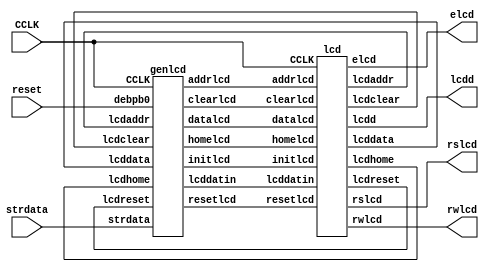
module display(input CCLK, reset,input [255:0]strdata, output rslcd, rwlcd, elcd, 
					output [3:0] lcdd);
wire [7:0] lcddatin;
					
lcd M0 (CCLK, resetlcd, clearlcd, homelcd, datalcd, addrlcd,
			lcdreset, lcdclear, lcdhome, lcddata, lcdaddr,
			rslcd, rwlcd, elcd, lcdd, lcddatin, initlcd);
			
genlcd M1 (CCLK, reset, strdata, resetlcd, clearlcd, homelcd, datalcd,
				addrlcd, initlcd, lcdreset, lcdclear, lcdhome,
				lcddata, lcdaddr, lcddatin);                                                                                                                                                                                                                                                                                                                                                                                                                                                                                                                                                                                                                        				
endmodule


module genlcd(input CCLK, debpb0, input [255:0]strdata, output reg resetlcd,
					output reg clearlcd, output reg homelcd,
					output reg datalcd, output reg addrlcd,
					output reg initlcd, input lcdreset, lcdclear,
					input lcdhome, lcddata, lcdaddr,
					output reg [7:0] lcddatin);
					
reg [3:0] gstate;		// state register
///////
reg [255:0] old_strdata;

integer i;
initial begin
	old_strdata <=256'b0;
end
	
always@(posedge CCLK)
	begin
		if (debpb0==1|(old_strdata!=strdata))
			begin
				resetlcd=0;
				clearlcd=0;
				homelcd=0;
				datalcd=0;
				gstate=0;
			end
		else
		
		case (gstate)
			0: begin
					initlcd=1;
					gstate=1;
				end
			1:	begin
					initlcd=0;
					gstate=2;
				end
			2:	begin
					resetlcd=1;
					if (lcdreset==1)
						begin
						   resetlcd=0;
							gstate=3;
						end
				end
			3: begin
					initlcd=1;
					gstate=4;
				end
			4:	begin
					initlcd=0;
					gstate=5;
				end
			5: begin
					clearlcd=1;
					if (lcdclear==1)
						begin
							clearlcd=0;
							gstate=6;
						end
				end
			6: begin
					initlcd=1;
					gstate=7;
				end
			7:	begin
					initlcd=0;
					i=255;
					gstate=8;
				end
			8: begin  
					if(i>127)
						lcddatin[7:0]=8'b0000_0000;
					else
						lcddatin[7:0]=8'b0100_0000;
						
					addrlcd=1;
					if (lcdaddr==1)
						begin
							addrlcd=0;
							gstate=9;
						end
				end
			9:	begin
					initlcd=1;
					gstate=10;
				end
			10: begin
					initlcd=0;
					gstate=11;
				end
			11: begin
					lcddatin[7:0]=strdata[i-:8];
					datalcd=1;
					if (lcddata==1)
						begin
							datalcd=0;
							gstate=12;
						end
				end
			12: begin
					initlcd=1;
					gstate=13;
				end
			13: begin
					initlcd=0;
					gstate=14;
				end
			14: begin
					i=i-8;
					if (i<0)
						gstate=15;
					else if (i==127)
						gstate=8;
					else
						gstate=11;
				end
			15: gstate=15;
			default: gstate=15;
		endcase
		///////
		old_strdata=strdata;
		/////////

	end

endmodule

module lcd(input CCLK, resetlcd, clearlcd, homelcd,
				datalcd, addrlcd, output reg lcdreset,
				output reg lcdclear, output reg lcdhome,
				output reg lcddata, output reg lcdaddr,
				output reg rslcd, output reg rwlcd,
				output reg elcd, output reg [3:0] lcdd,
				input [7:0] lcddatin, input initlcd);

reg [18:0] lcdcount;		// counter
reg [5:0] lcdstate;		// LCD state
							
always@(posedge CCLK)
	begin

// initialize LCD

		if (initlcd==1)
			begin
				lcdstate=0;			// LCD state register
				lcdcount=0;			// LCD delay count
				lcdreset=0;
				lcdclear=0;
				lcdhome=0;
				lcdaddr=0;
				lcddata=0;
			end
			
		else
			lcdcount=lcdcount+1;
					
//reset LCD
 
		if (resetlcd==1 && lcdreset==0)	//lcd reset
			begin
				rslcd=0;				// register select for command
				rwlcd=0;				// LCD read/write
				
				case (lcdstate)
					0: begin			// send '3'
							lcdd=3;
							elcd=0;
							if (lcdcount==16)
								begin
									lcdcount=0;
									lcdstate=1;
								end
						end						
					1: begin
							elcd=1;
							if (lcdcount==32)
								begin
									lcdcount=0;
									lcdstate=2;
								end
						end
					2: begin
							elcd=0;
							if (lcdcount==16)
								begin
									lcdcount=0;
									lcdstate=3;
								end
						end
					3: begin			// wait >4.1 msec (205 000 clock cycles)
							if (lcdcount==262144)
								begin
									lcdcount=0;
									lcdstate=4;                                                                                                                                                                                                                                                                                                                                                                                                                                                                                                                                                       
								end
						end
						
					4: begin			// send '3'
							lcdd=3;
							elcd=0;
							if (lcdcount==16)
								begin
									lcdcount=0;
									lcdstate=5;
									end
						end						
					5: begin
							elcd=1;
							if (lcdcount==32)
								begin
									lcdcount=0;
									lcdstate=6;
								end
						end
					6: begin
							elcd=0;
							if (lcdcount==16)
								begin
									lcdcount=0;
									lcdstate=7;
								end
						end
					7: begin			// wait >100 usec (5000 clock cycles)
							if (lcdcount==8192)
								begin
									lcdcount=0;
									lcdstate=8;
								end
						end		
					
					8: begin			// send '3'
							lcdd=3;
							elcd=0;
							if (lcdcount==16)
								begin
									lcdcount=0;
									lcdstate=9;
									end
						end						
					9: begin
							elcd=1;
							if (lcdcount==32)
								begin
									lcdcount=0;
									lcdstate=10;
								end
						end
					10: begin
							elcd=0;
							if (lcdcount==16)
								begin
									lcdcount=0;
									lcdstate=11;
								end
						end
					11: begin			// wait >40 usec (2000 clock cycles)
							if (lcdcount==2048)
								begin
									lcdcount=0;
									lcdstate=12;
								end
						end		
											
					12: begin			// send '2'
							lcdd=2;
							elcd=0;
							if (lcdcount==16)
								begin
									lcdcount=0;
									lcdstate=13;
									end
						 end						
					13: begin
							elcd=1;
							if (lcdcount==32)
								begin
									lcdcount=0;
									lcdstate=14;
								end
						 end
					14: begin
							elcd=0;
							if (lcdcount==16)
								begin
									lcdcount=0;
									lcdstate=15;
								end
						 end
					15: begin			// wait >40 usec (2000 clock cycles)
							if (lcdcount==2048)
								begin
									lcdcount=0;
									lcdstate=16;
								end
						end		
							
					16: begin			// send '2'  28h function set
							lcdd=2;
							elcd=0;
							if (lcdcount==16)
								begin
									lcdcount=0;
									lcdstate=17;
									end
						 end		 
					17: begin
							elcd=1;
							if (lcdcount==32)
								begin
									lcdcount=0;
									lcdstate=18;
								end
						 end
					18: begin
							elcd=0;
							if (lcdcount==16)
								begin
									lcdcount=0;
									lcdstate=19;
								end
						 end
					19: begin			// wait 1 usec (50 clock cycles)
							if (lcdcount==64)
								begin
									lcdcount=0;
									lcdstate=20;
								end
  						 end
						
					20: begin			// send '8'
							lcdd=8;
							elcd=0;
							if (lcdcount==16)
								begin
									lcdcount=0;
									lcdstate=21;
									end
						 end		 
					21: begin
							elcd=1;
							if (lcdcount==32)
								begin
									lcdcount=0;
									lcdstate=22;
								end
						 end
					22: begin
							elcd=0;
							if (lcdcount==16)
								begin
									lcdcount=0;
									lcdstate=23;
								end
						 end						 
					23: begin			// wait 40 usec (2000 clock cycles)
							if (lcdcount==2048)
								begin
									lcdcount=0;
									lcdstate=24;
								end
						end

					24: begin			// send '0'  06h entry mode
							lcdd=0;
							elcd=0;
							if (lcdcount==16)
								begin
									lcdcount=0;
									lcdstate=25;
									end
						 end		 
					25: begin
							elcd=1;
							if (lcdcount==32)
								begin
									lcdcount=0;
									lcdstate=26;
								end
						 end
					26: begin
							elcd=0;
							if (lcdcount==16)
								begin
									lcdcount=0;
									lcdstate=27;
								end
						 end						 
					27: begin			// wait 1 usec (50 clock cycles)
							if (lcdcount==64)
								begin
									lcdcount=0;
									lcdstate=28;
								end
						 end
						
					28: begin			// send '6'
							lcdd=6;
							elcd=0;
							if (lcdcount==16)
								begin
									lcdcount=0;
									lcdstate=29;
									end
						 end		 
					29: begin
							elcd=1;
							if (lcdcount==32)
								begin
									lcdcount=0;
									lcdstate=30;
								end
						 end
					30: begin
							elcd=0;
							if (lcdcount==16)
								begin
									lcdcount=0;
									lcdstate=31;
								end
						 end						 
					31: begin			// wait 40 usec (2000 clock cycles)
							if (lcdcount==2048)
								begin
									lcdcount=0;
									lcdstate=32;
								end
						end
						
					32: begin			// send '0'  0Ch display on, enable cursor
							lcdd=0;
							elcd=0;
							if (lcdcount==16)
								begin
									lcdcount=0;
									lcdstate=33;
									end
						 end		 
					33: begin
							elcd=1;
							if (lcdcount==32)
								begin
									lcdcount=0;
									lcdstate=34;
								end
						 end
					34: begin
							elcd=0;
							if (lcdcount==16)
								begin
									lcdcount=0;
									lcdstate=35;
								end
						 end						 
					35: begin			// wait 1 usec (50 clock cycles)
							if (lcdcount==64)
								begin
									lcdcount=0;
									lcdstate=36;
								end
						end
	
					36: begin			// send 'C'h
							lcdd=12;
							elcd=0;
							if (lcdcount==16)
								begin
									lcdcount=0;
									lcdstate=37;
									end
						 end		 
					37: begin
							elcd=1;
							if (lcdcount==32)
								begin
									lcdcount=0;
									lcdstate=38;
								end
						 end
					38: begin
							elcd=0;
							if (lcdcount==16)
								begin
									lcdcount=0;
									lcdstate=39;
								end
						 end						 
					39: begin			// wait 40 usec (2000 clock cycles)
							if (lcdcount==2048)
								begin
									lcdcount=0;
									lcdstate=40;
									lcdreset=1;
								end
						 end
					40: lcdstate=40;
					default: lcdstate=40;
				endcase
			end

// send 8-bit data to LCD

		if (datalcd==1 && lcddata==0)			//lcd data
			begin
				rslcd=1;				// register select for data
				rwlcd=0;				// LCD read/write
				
				case (lcdstate)
					0: begin			// send upper nibble
							lcdd[3:0]=lcddatin[7:4];
							elcd=0;
							if (lcdcount==16)
								begin
									lcdcount=0;
									lcdstate=1;
								end
						end						
					1: begin
							elcd=1;
							if (lcdcount==32)
								begin
									lcdcount=0;
									lcdstate=2;
								end
						end
					2: begin
							elcd=0;
							if (lcdcount==16)
								begin
									lcdcount=0;
									lcdstate=3;
								end
						end
					3: begin			// wait 1 usec (50 clock cycles)
							if (lcdcount==64)
								begin
									lcdcount=0;
									lcdstate=4;
								end
						end
						
					4: begin			// send lower nibble
							lcdd[3:0]=lcddatin[3:0];
							elcd=0;
							if (lcdcount==16)
								begin
									lcdcount=0;
									lcdstate=5;
									end
						end						
					5: begin
							elcd=1;
							if (lcdcount==32)
								begin
									lcdcount=0;
									lcdstate=6;
								end
						end
					6: begin
							elcd=0;
							if (lcdcount==16)
								begin
									lcdcount=0;
									lcdstate=7;
								end
						end
					7: begin			// wait 40 usec (2000 clock cycles)
							if (lcdcount==2048)
								begin
									lcdcount=0;
									lcdstate=8;
									lcddata=1;
								end
						end
					8: lcdstate=8;
					default: lcdstate=8;
				endcase
			end
			
// return cursor home			
			
			if (homelcd==1 && lcdhome==0)		//lcd home
			begin
				rslcd=0;				// register select for command
				rwlcd=0;				// LCD read/write
				
				case (lcdstate)
					0: begin			// send '0'
							lcdd=0;
							elcd=0;
							if (lcdcount==16)
								begin
									lcdcount=0;
									lcdstate=1;
								end
						end						
					1: begin
							elcd=1;
							if (lcdcount==32)
								begin
									lcdcount=0;
									lcdstate=2;
								end
						end
					2: begin
							elcd=0;
							if (lcdcount==16)
								begin
									lcdcount=0;
									lcdstate=3;
								end
						end
					3: begin			// wait 1 usec (50 clock cycles)
							if (lcdcount==64)
								begin
									lcdcount=0;
									lcdstate=4;
								end
						end
					4: begin			// send '2'
							lcdd=2;
							elcd=0;
							if (lcdcount==16)
								begin
									lcdcount=0;
									lcdstate=5;
									end
						end						
					5: begin
							elcd=1;
							if (lcdcount==32)
								begin
									lcdcount=0;
									lcdstate=6;
								end
						end
					6: begin
							elcd=0;
							if (lcdcount==16)
								begin
									lcdcount=0;
									lcdstate=7;
								end
						end
					7: begin			// wait 1.6 msec (80000 clock cycles)
							if (lcdcount==131072)
								begin
									lcdcount=0;
									lcdstate=8;
									lcdhome=1;
								end
						end
					8: lcdstate=8;
					default: lcdstate=8;
				endcase
			end
			
// clear display

			if (clearlcd==1 && lcdclear==0)	//lcd clear
			begin
				rslcd=0;				// register select for command
				rwlcd=0;				// LCD read/write
				
				case (lcdstate)
					0: begin			// send '0'
							lcdd=0;
							elcd=0;
							if (lcdcount==16)
								begin
									lcdcount=0;
									lcdstate=1;
								end
						end						
					1: begin
							elcd=1;
							if (lcdcount==32)
								begin
									lcdcount=0;
									lcdstate=2;
								end
						end
					2: begin
							elcd=0;
							if (lcdcount==16)
								begin
									lcdcount=0;
									lcdstate=3;
								end
						end
					3: begin			// wait 1 usec (50 clock cycles)
							if (lcdcount==64)
								begin
									lcdcount=0;
									lcdstate=4;
								end
						end
					4: begin			// send '1'
							lcdd=1;
							elcd=0;
							if (lcdcount==16)
								begin
									lcdcount=0;
									lcdstate=5;
									end
						end						
					5: begin
							elcd=1;
							if (lcdcount==32)
								begin
									lcdcount=0;
									lcdstate=6;
								end
						end
					6: begin
							elcd=0;
							if (lcdcount==16)
								begin
									lcdcount=0;
									lcdstate=7;
								end
						end
					7: begin			// wait 1.64 msec (82000 clock cycles)
							if (lcdcount==131072)
								begin
									lcdcount=0;
									lcdstate=8;
									lcdclear=1;
								end
						end
					8: lcdstate=8;
					default: lcdstate=8;
				endcase
			end
			
// set display address

if (addrlcd==1 && lcdaddr==0)	//lcd display address
			begin
				rslcd=0;				// register select for command
				rwlcd=0;				// LCD read/write
				
				case (lcdstate)
					0: begin
							lcdd[3]=1;
							lcdd[2:0]=lcddatin[6:4];
							elcd=0;
							if (lcdcount==16)
								begin
									lcdcount=0;
									lcdstate=1;
								end
						end						
					1: begin
							elcd=1;
							if (lcdcount==32)
								begin
									lcdcount=0;
									lcdstate=2;
								end
						end
					2: begin
							elcd=0;
							if (lcdcount==16)
								begin
									lcdcount=0;
									lcdstate=3;
								end
						end
					3: begin			// wait 1 usec (50 clock cycles)
							if (lcdcount==64)
								begin
									lcdcount=0;
									lcdstate=4;
								end
						end
					4: begin
							lcdd[3:0]=lcddatin[3:0];
							elcd=0;
							if (lcdcount==16)
								begin
									lcdcount=0;
									lcdstate=5;
									end
						end						
					5: begin
							elcd=1;
							if (lcdcount==32)
								begin
									lcdcount=0;
									lcdstate=6;
								end
						end
					6: begin
							elcd=0;
							if (lcdcount==16)
								begin
									lcdcount=0;
									lcdstate=7;
								end
						end
					7: begin			// wait 40 usec (2000 clock cycles)
							if (lcdcount==2048)
								begin
									lcdcount=0;
									lcdstate=8;
									lcdaddr=1;
								end
						end
					8: lcdstate=8;
					default: lcdstate=8;
				endcase
			end
			
	end
endmodule